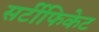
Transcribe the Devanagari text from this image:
सर्टीफिकेट